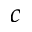
^ c